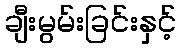
ချီးမွမ်းခြင်းနှင့်